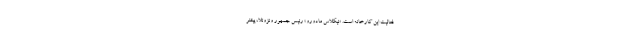
فعالیت این کارخانه است. «نیکلاس مادورو» رئیس جمهور ونزوئلا، پیشتر